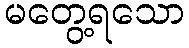
မတွေ့ရသော